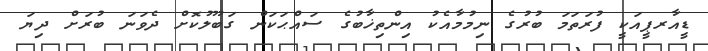
ޑީއާރޕީއަކީ ފުރަތަމަ ބުރުގެ ނިމުމާއެކު އިންތިޚާބުގެ ސައްޙަކަން ގަބޫލުކޮށް ދެވަނަ ބުރަށް ދިޔަ